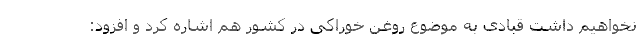
نخواهیم داشت قبادی به موضوع روغن خوراکی در کشور هم اشاره کرد و افزود: